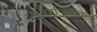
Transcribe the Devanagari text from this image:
अनुमार्गणीयता